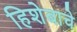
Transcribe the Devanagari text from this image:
हिशेबाचे